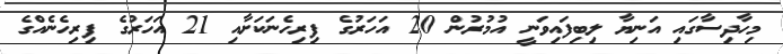
މިހާދިސާގައި އަނިޔާ ލިބިފައިވަނީ އުމުރުން 20 އަހަރުގެ ފިރިހެނަކަށާއި 21 އަހަރުގެ ފިރިހެނެއްގެ